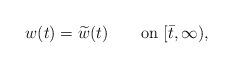
LaTeX: \begin{align*}w(t)=\widetilde w(t)\qquad\mbox{on $[\bar t,\infty)$},\end{align*}